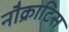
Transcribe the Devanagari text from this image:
नौक्राटिस